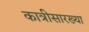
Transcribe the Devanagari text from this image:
कात्रीसारख्या